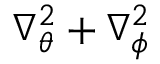
\nabla _ { \theta } ^ { 2 } + \nabla _ { \phi } ^ { 2 }